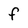
Character: f